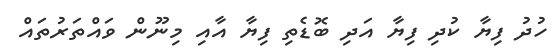
ހުދު ފިޔާ ކުދި ފިޔާ އަދި ބޮޑެތި ފިޔާ އާއި މިނޫން ވައްތަރުތައް